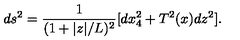
d s ^ { 2 } = \frac { 1 } { ( 1 + | z | / L ) ^ { 2 } } [ d x _ { 4 } ^ { 2 } + T ^ { 2 } ( x ) d z ^ { 2 } ] .